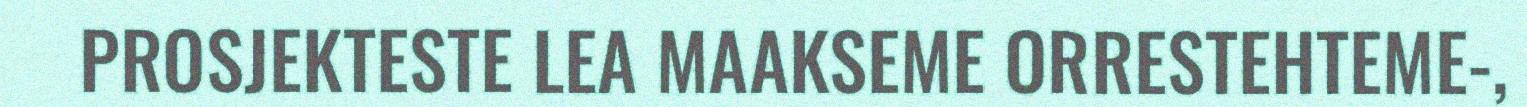
PROSJEKTESTE LEA MAAKSEME ORRESTEHTEME-,